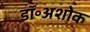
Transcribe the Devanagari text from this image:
डॉ॰अशोक